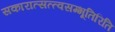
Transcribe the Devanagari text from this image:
सकारात्सत्त्वसम्भूतिरिति